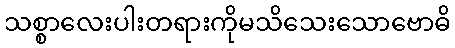
သစ္စာလေးပါးတရားကိုမသိသေးသောဗောဓိ